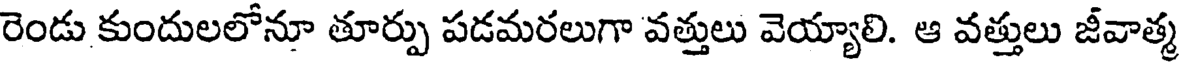
రెండు కుందులలోనూ తూర్పు పడమరలుగా వత్తులు వెయ్యాలి. ఆ వత్తులు జీవాత్మ